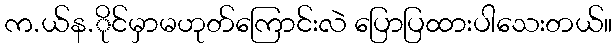
က.ယ်န.ိုင်မှာမဟုတ်ကြောင်းလဲ ပြောပြထားပါသေးတယ်။